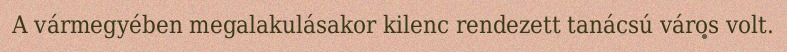
A vármegyében megalakulásakor kilenc rendezett tanácsú város volt.